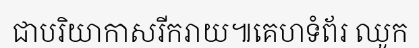
ជាបរិយាកាសរីករាយ៕គេហទំព័រ ឈូក